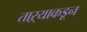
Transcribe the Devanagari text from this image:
ताऱ्याकडून